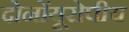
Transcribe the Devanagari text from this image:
दोनोंयूरोपीय